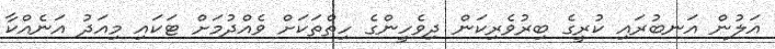
އަލުން އަނބުރައި ކުރީގެ ބިރުވެރިކަން ދިވެހީންގެ ހިތްތަކަށް ވެއްދުމަށް ޓަކައި މިއަދު އަނެއްކާ